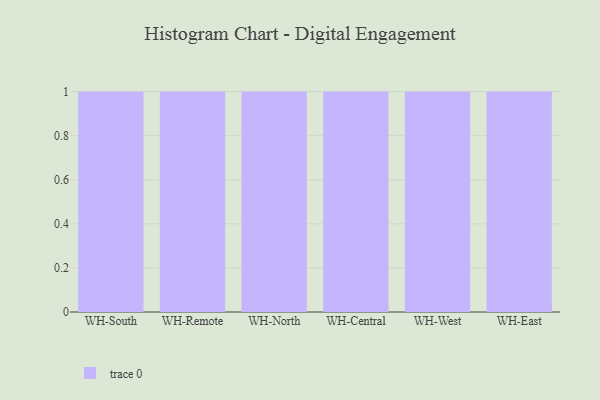
{"axis": {"x": "Warehouse", "y": "Customer Acquisition Cost (USD)"}, "legend": [""], "data": [{"x": "WH-South", "y": 95, "type": ""}, {"x": "WH-Remote", "y": 59, "type": ""}, {"x": "WH-North", "y": 82, "type": ""}, {"x": "WH-Central", "y": 33, "type": ""}, {"x": "WH-West", "y": 23, "type": ""}, {"x": "WH-East", "y": 73, "type": ""}]}